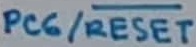
Text: PC6/RESET